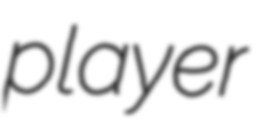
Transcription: player